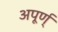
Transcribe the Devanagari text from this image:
अपूर्ण्